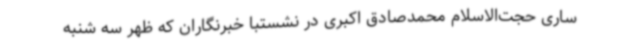
ساری حجت‌الاسلام محمدصادق اکبری در نشستبا خبرنگاران که ظهر سه شنبه